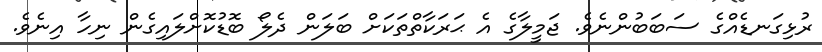
ރުޅިގަނޑެއްގެ ސަބަބުންނެވެ. ޖަމީލާގެ އެ ޙަރަކާތްތަކަށް ބަލަން ދެލޯ ބޮޑުކޮށްލައިގެން ނިހާ އިނެވެ.